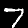
Label: 7